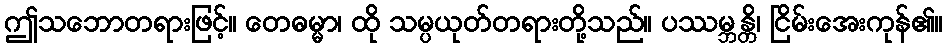
ဤသဘောတရားဖြင့်။ တေဓမ္မာ၊ ထို သမ္ပယုတ်တရားတို့သည်။ ပဿမ္ဘန္တိ၊ ငြိမ်းအေးကုန်၏။